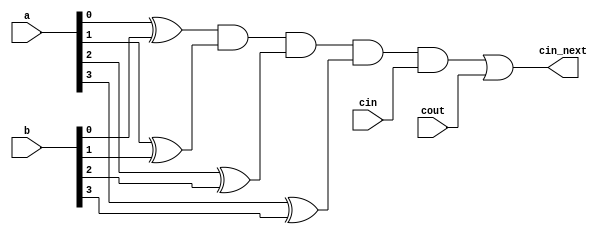
module SkipLogic(output cin_next,
    input [3:0] a, b, input cin, cout);

    wire p0, p1, p2, p3, P, e;

    xor (p0, a[0], b[0]);
    xor (p1, a[1], b[1]);
    xor (p2, a[2], b[2]);
    xor (p3, a[3], b[3]);

    and (P, p0, p1, p2, p3);
    and (e, P, cin);

    or (cin_next, e, cout);
endmodule